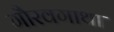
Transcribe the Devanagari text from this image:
गौरवगाथा